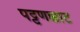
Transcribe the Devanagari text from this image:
पट्टणक्काट